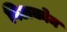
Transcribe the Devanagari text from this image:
विअकोम